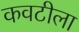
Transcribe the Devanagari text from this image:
कवटीला